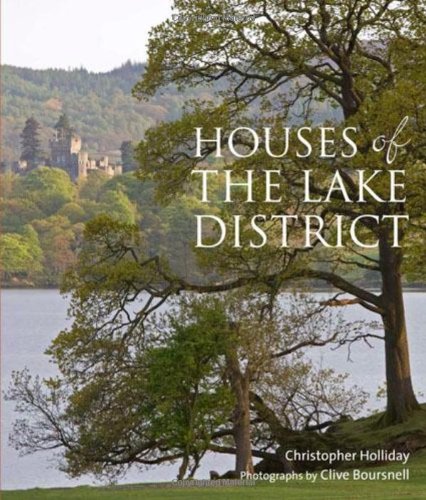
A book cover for Houses of the Lake District; Christopher Holliday; Travel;